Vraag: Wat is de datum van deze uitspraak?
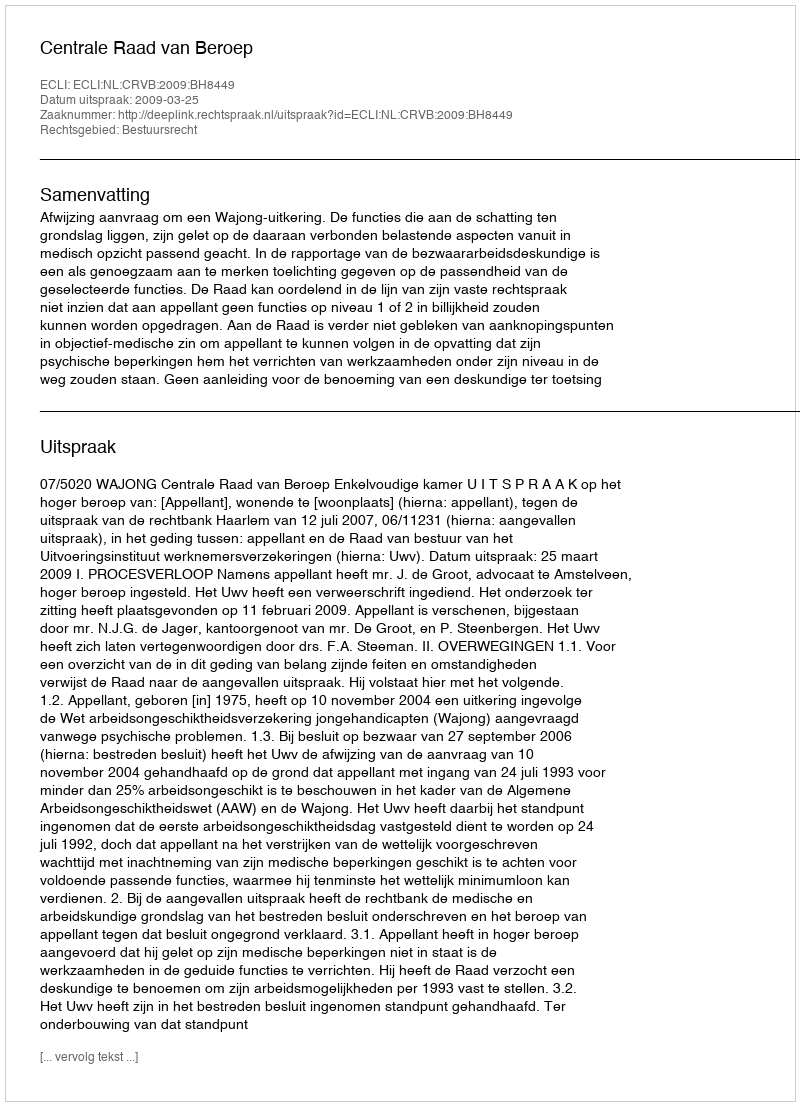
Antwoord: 2009-03-25